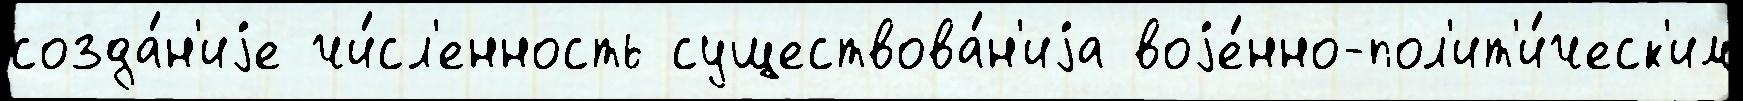
созда́н'иjе чи́сл'енность существова́н'иjа воjе́нно-пол'ит'и́ческ'им